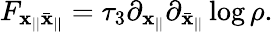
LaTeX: F_{\mathbf{x}_{||}\bar{{\mathbf{x}}}_{||}}=\tau_{3}\partial_{\mathbf{x}_{||}}\partial_{\bar{{\mathbf{x}}}_{||}}\log\rho.